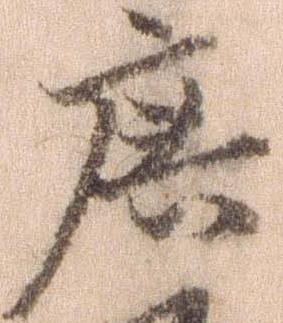
庶